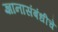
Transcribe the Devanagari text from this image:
ज्ञानासंबंधीचे